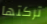
تركتها